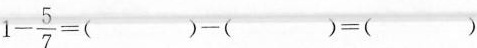
$$1- \frac{5}{7}=()=()=()$$